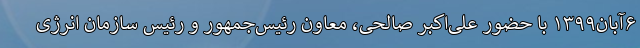
۶آبان۱۳۹۹ با حضور علی‌اکبر صالحی، معاون رئیس‌جمهور و رئیس سازمان انرژی